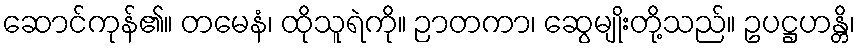
ဆောင်ကုန်၏။ တမေနံ၊ ထိုသူရဲကို။ ဉာတကာ၊ ဆွေမျိုးတို့သည်။ ဥပဋ္ဌဟန္တိ၊